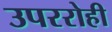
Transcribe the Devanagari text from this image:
उपररोही